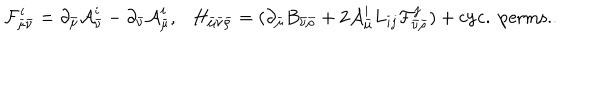
{ \cal F } _ { \bar { \mu } \bar { \nu } } ^ { i } = \partial _ { \bar { \mu } } { \cal A } _ { \bar { \nu } } ^ { i } - \partial _ { \bar { \nu } } { \cal A } _ { \bar { \mu } } ^ { i } , \ \ \ H _ { \bar { \mu } \bar { \nu } \bar { \rho } } = ( \partial _ { \bar { \mu } } B _ { \bar { \nu } \bar { \rho } } + 2 { \cal A } _ { \bar { \mu } } ^ { i } L _ { i j } { \cal F } _ { \bar { \nu } \bar { \rho } } ^ { j } ) + \mathrm { c y c . \ p e r m s . } .